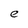
Character: e